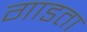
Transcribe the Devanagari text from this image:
गाडता